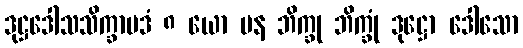
ဒုဋ္ဌဒေါသသိက္ခာပဒံ ၈ ယော ပန ဘိက္ခု ဘိက္ခုံ ဒုဋ္ဌော ဒေါသော